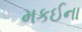
મકઈના